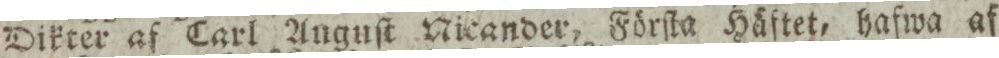
Dikter af Carl Anguſt Nicander, Förſta Häftet, hafwa af